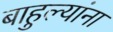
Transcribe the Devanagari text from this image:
बाहुल्यांना